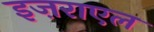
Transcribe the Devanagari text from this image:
इज़राएल